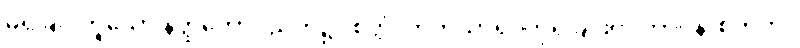
မရှိခြင်းဟူသော နတ္ထိဘောပညတ်၌။ စိတ္တံ၊ တတိယာရုပ္ပကိုရခြင်းငှာ ဘာဝနာစိတ်ကို။